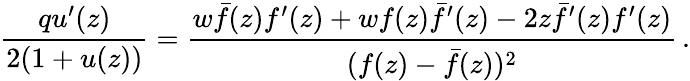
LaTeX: \frac{qu^{\prime}(z)}{2(1+u(z))}=\frac{w\bar{f}(z)f^{\prime}(z)+wf(z)\bar{f}^{\prime}(z)-2z\bar{f}^{\prime}(z)f^{\prime}(z)}{(f(z)-\bar{f}(z))^{2}}\, .